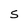
Character: S